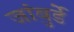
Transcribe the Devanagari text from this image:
जांबुर्डे